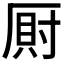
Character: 𭆎